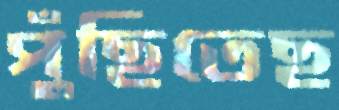
পুঁছিতেছ